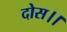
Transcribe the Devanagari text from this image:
दोस।।